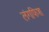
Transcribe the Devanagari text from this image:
लंगफिश